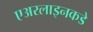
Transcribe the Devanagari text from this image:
एअरलाइनकडे